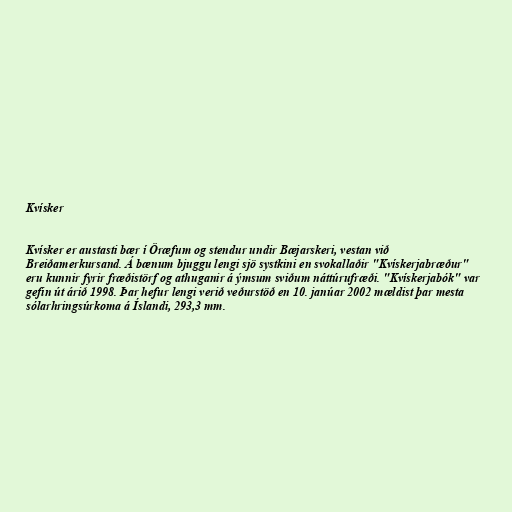
Kvísker

Kvísker er austasti bær í Öræfum og stendur undir Bæjarskeri, vestan við
Breiðamerkursand. Á bænum bjuggu lengi sjö systkini en svokallaðir "Kvískerjabræður"
eru kunnir fyrir fræðistörf og athuganir á ýmsum sviðum náttúrufræði. "Kvískerjabók" var
gefin út árið 1998. Þar hefur lengi verið veðurstöð en 10. janúar 2002 mældist þar mesta
sólarhringsúrkoma á Íslandi, 293,3 mm.